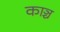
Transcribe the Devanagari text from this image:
काञ्च